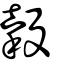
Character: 穀